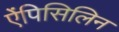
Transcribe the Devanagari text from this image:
ऐंपिसिलिन